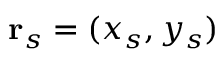
\mathbf { r } _ { s } = ( x _ { s } , y _ { s } )